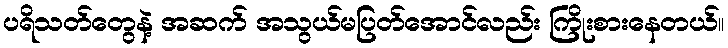
ပရိသတ်တွေနဲ့ အဆက် အသွယ်မပြတ်အောင်လည်း ကြိုးစားနေတယ်။